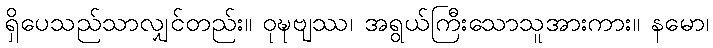
ရှိပေသည်သာလျှင်တည်း။ ဝုဍ္ဎဗျဿ၊ အရွယ်ကြီးသောသူအားကား။ နမော၊